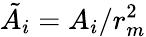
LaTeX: \tilde{A_{i}}=A_{i}/r_{m}^{2}